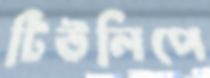
টিউলিপে